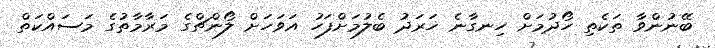
ބޭނުންވާ ތަކެތި ހޯދުމަށް ހިނގާނެ ޚަރަދު ބެލުމަށްފަހު އަވަހަށް ލޯންޗްގެ މަރާމާތުގެ މަސައްކަތް